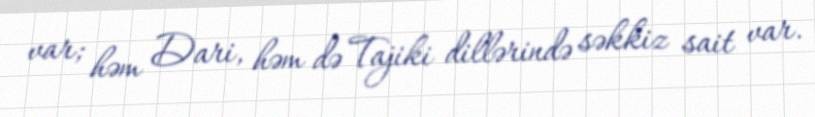
var; həm Dari, həm də Tajiki dillərində səkkiz sait var.